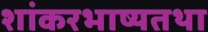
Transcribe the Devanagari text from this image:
शांकरभाष्यतथा